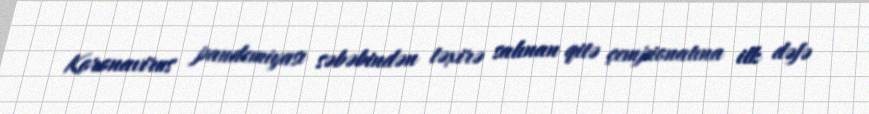
Koronavirus pandemiyası səbəbindən təxirə salınan qitə çempionatına ilk dəfə